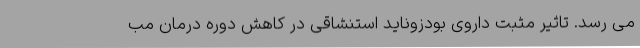
می رسد. تاثیر مثبت داروی بودزوناید استنشاقی در کاهش دوره درمان مب